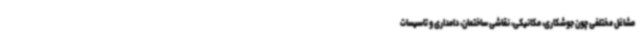
مشاغل مختلفی چون جوشکاری، مکانیکی، نقاشی ساختمان، دامداری و تاسیسات